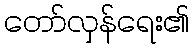
တော်လှန်ရေး၏